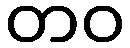
တဝ